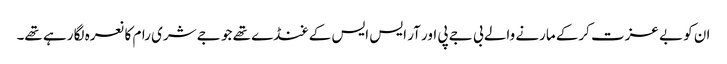
ان کو بے عزت کرکے مارنے والے بی جے پی اور آر ایس ایس کے غنڈے تھے جو جے شری رام کا نعرہ لگا رہے تھے۔